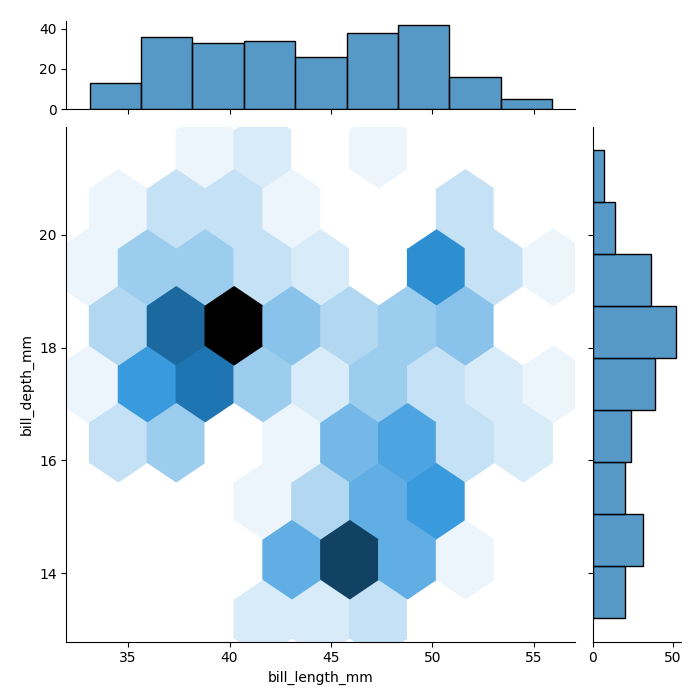
python, seaborn, jointplot, kind='hex', height='7', ratio='5', marginal_ticks='True'